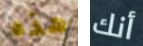
هذه أنك